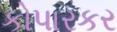
કોપારકર